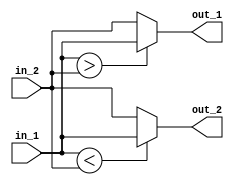
module gm_comparator(
	input  [6:0] in_1,
	input  [6:0] in_2,
	output [6:0] out_1,
	output [6:0] out_2
	);
assign out_1 = in_1 > in_2 ? in_1 : in_2;
assign out_2 = in_1 < in_2 ? in_1 : in_2;

endmodule